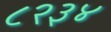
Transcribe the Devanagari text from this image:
८२३४